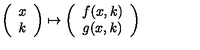
\left( \begin{array} { c } { x } \\ { k } \\ \end{array} \right) \mapsto \left( \begin{array} { c } { f ( x , k ) } \\ { g ( x , k ) } \\ \end{array} \right)